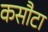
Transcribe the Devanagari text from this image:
कसौटा